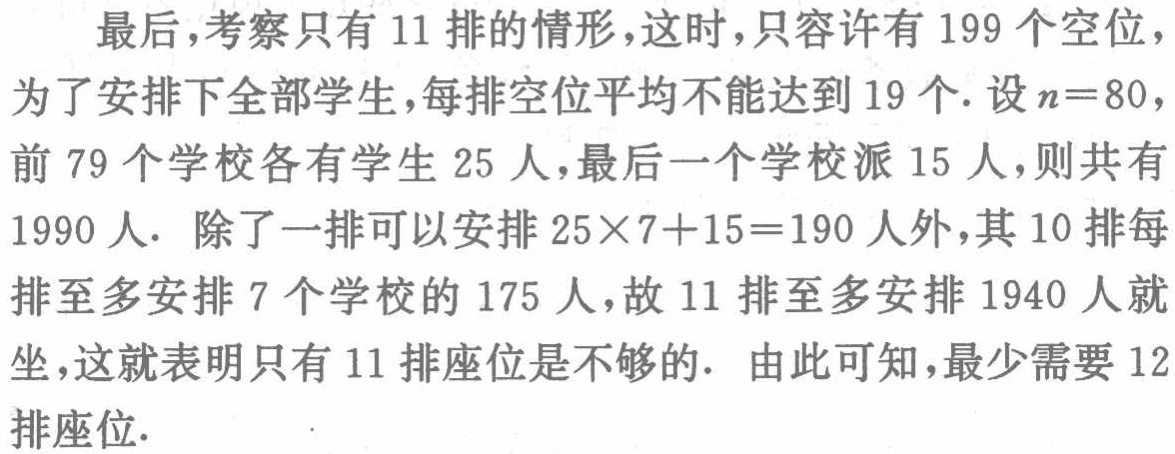
最后，考察只有11排的情形，这时，只容许有199个空位，为了安排下全部学生，每排空位平均不能达到19个. 设\(n = 80\)，前79个学校各有学生25人，最后一个学校派15人，则共有1990人. 除了一排可以安排\(25\times7 + 15 = 190\)人外，其10排每排至多安排7个学校的175人，故11排至多安排1940人就坐，这就表明只有11排座位是不够的. 由此可知，最少需要12排座位.